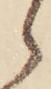
ら